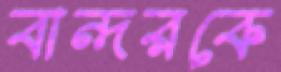
বান্দরকে